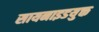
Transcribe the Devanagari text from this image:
सायनाइडयुक्त